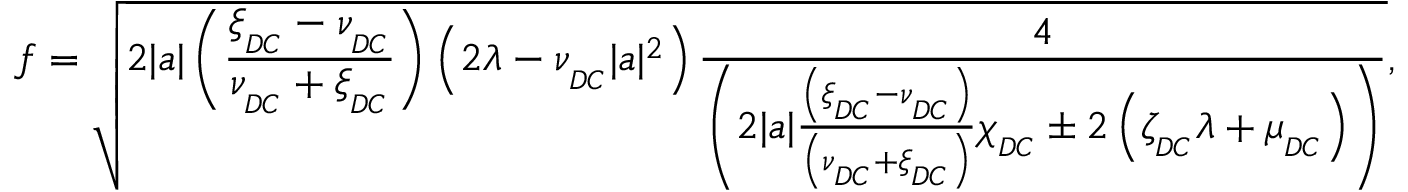
f = \sqrt { 2 | a | \left( \frac { \xi _ { _ { D C } } - \nu _ { _ { D C } } } { \nu _ { _ { D C } } + \xi _ { _ { D C } } } \right) \left( 2 \lambda - \nu _ { _ { D C } } | a | ^ { 2 } \right) \frac { 4 } { \left( 2 | a | \frac { \left( \xi _ { _ { D C } } - \nu _ { _ { D C } } \right) } { \left( \nu _ { _ { D C } } + \xi _ { _ { D C } } \right) } \chi _ { _ { D C } } \pm 2 \left( \zeta _ { _ { D C } } \lambda + \mu _ { _ { D C } } \right) \right) } } ,